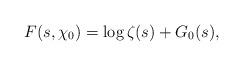
LaTeX: \begin{align*}F(s, \chi_0)=\log\zeta(s)+G_0(s),\end{align*}